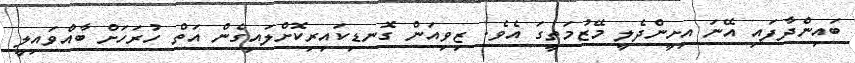
ބައިންދާފައި އޭނަ އިށީންދެލީ މޭޒުމަތީގަ އެވެ. ޒިވިއަން ގޮނޑިކައިރިކޮށްލައިގެން އަތް ހުރަހަށް ބާއްވައިލީ